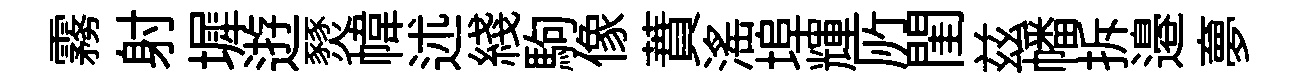
霧射墀逰燹幃述綫駒像蕡滛埠輝𠩄閨兹幡拆邉夣